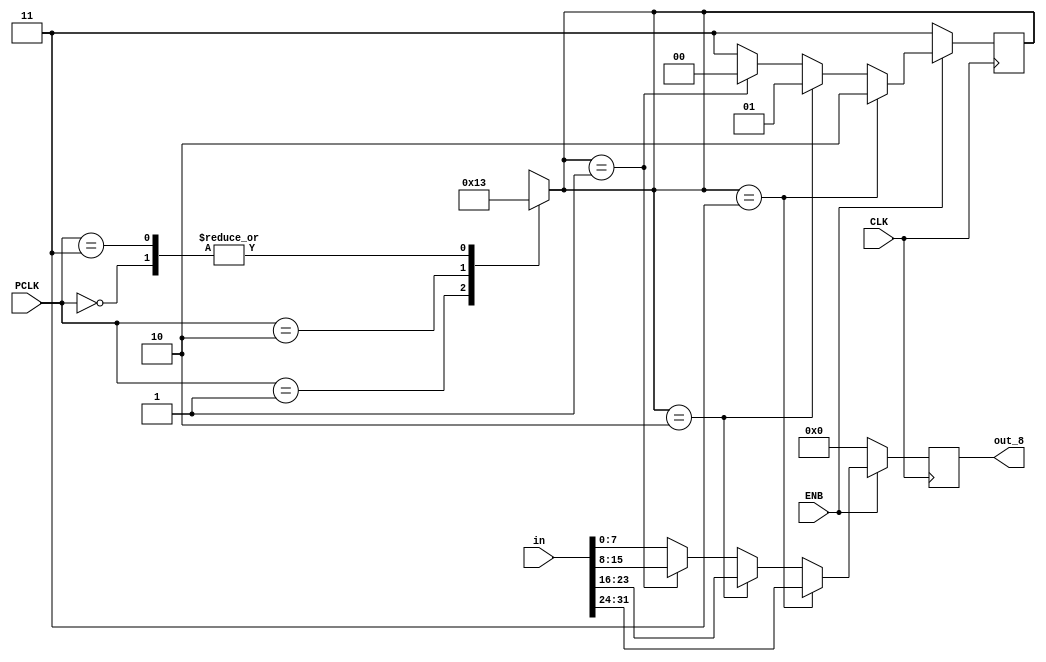
module convertidor(PCLK,in,out_8,ENB,CLK);
		input wire [1:0] PCLK;
		input wire CLK;
		input wire ENB;
		input wire [31:0] in;
		output reg [7:0] out_8;
		reg [1:0] bits;
		
		always @(*)
		begin
		case(PCLK[1:0])
			2'b00: bits=2'b11;
			2'b01: bits=2'b01;
			2'b10: bits=2'b00;
			2'b11: bits=2'b11;
		endcase
		end
		always @(posedge CLK) begin
			if(ENB==1) begin
				if(bits==2'b11)begin
					out_8[7:0]<=in[31:24];
					bits<=2'b10;
				end 
				else if(bits==2'b10)begin
					out_8[7:0]<=in[23:16];
					bits<=2'b01;
				end 
				else if(bits==2'b01)begin
					out_8[7:0]<=in[15:8];
					bits<=2'b00;
				end
				else //(bits==2'b00)
				begin
					bits <=2'b11;
					out_8[7:0]<=in[7:0];
				end 
			end
			else 
			begin
				bits <=2'b11;
				out_8=0;
			end	
		end
	endmodule